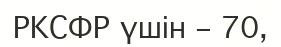
РКСФР үшін – 70,